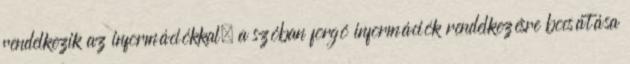
rendelkezik az információkkal; a szóban forgó információk rendelkezésre bocsátása